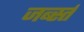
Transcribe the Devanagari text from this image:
जर्ब्स्त